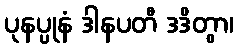
ပုနပ္ပုနံ ဒါနပတီ ဒဒိတွာ၊